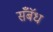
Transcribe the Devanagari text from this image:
सॅँबॅध